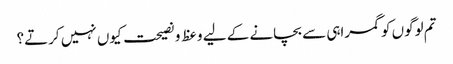
تم لوگوں کو گمراہی سے بچانے کے لیے وعظ و نصیحت کیوں نہیں کرتے؟